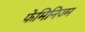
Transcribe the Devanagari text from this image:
फेमिनिज्म